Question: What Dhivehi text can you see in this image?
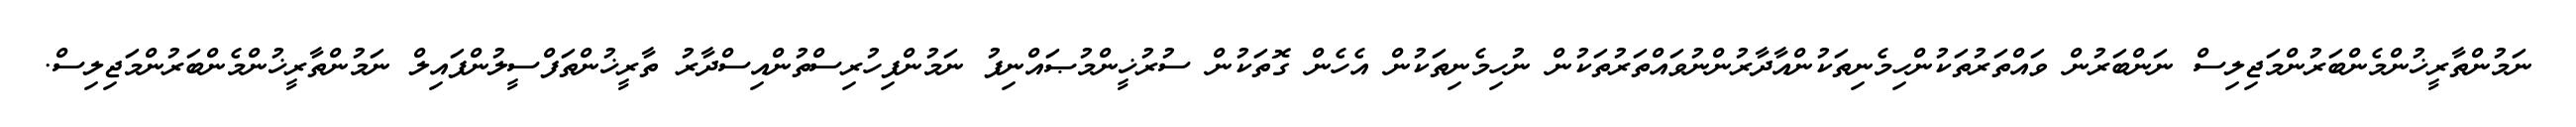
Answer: ނަމުންތާރީޚުންމެންބަރުންމަޖިލިސް ނަންބަރުން ވައްތަރުތަކުންހިމެނިތަކުންއާދާރުންނުވައްތަރުތަކުން ނުހިމެނިތަކުން އެހެން ގޮތަކުން ސުރުޚީންމުޞައްނިފު ނަމުންފިހުރިސްތުންއިސްދާރު ތާރީޚުންތަފްސީލުންފައިލް ނަމުންތާރީޚުންމެންބަރުންމަޖިލިސް.